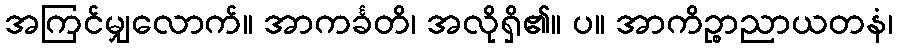
အကြင်မျှလောက်။ အာကင်္ခတိ၊ အလိုရှိ၏။ ပ။ အာကိဉ္စာညာယတနံ၊